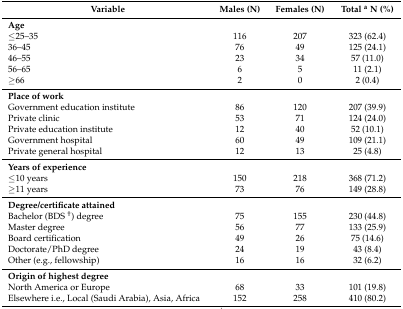
| Variable | Males (N) | Females (N) | Total a N (%) |
 | --- | --- | --- | --- |
 | Age |  |  |  |
 | ≤25–35 | 116 | 207 | 323 (62.4) |
 | 36–45 | 76 | 49 | 125 (24.1) |
 | 46–55 | 23 | 34 | 57 (11.0) |
 | 56–65 | 6 | 5 | 11 (2.1) |
 | ≥66 | 2 | 0 | 2 (0.4) |
 | Place of work |  |  |  |
 | Government education institute | 86 | 120 | 207 (39.9) |
 | Private clinic | 53 | 71 | 124 (24.0) |
 | Private education institute | 12 | 40 | 52 (10.1) |
 | Government hospital | 60 | 49 | 109 (21.1) |
 | Private general hospital | 12 | 13 | 25 (4.8) |
 | Years of experience |  |  |  |
 | ≤10 years | 150 | 218 | 368 (71.2) |
 | ≥11 years | 73 | 76 | 149 (28.8) |
 | Degree/certificate attained |  |  |  |
 | Bachelor (BDS †) degree | 75 | 155 | 230 (44.8) |
 | Master degree | 56 | 77 | 133 (25.9) |
 | Board certification | 49 | 26 | 75 (14.6) |
 | Doctorate/PhD degree | 24 | 19 | 43 (8.4) |
 | Other (e.g., fellowship) | 16 | 16 | 32 (6.2) |
 | Origin of highest degree |  |  |  |
 | North America or Europe | 68 | 33 | 101 (19.8) |
 | Elsewhere i.e., Local (Saudi Arabia), Asia, Africa | 152 | 258 | 410 (80.2) |